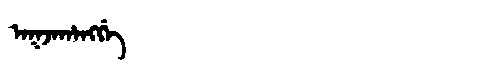
Manchu: ᠠᡴᠵᠠᡥᠠᠩᡤᡝ
Romanization: AKJAHANGGE